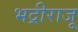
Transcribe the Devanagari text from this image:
भद्रीराजू